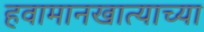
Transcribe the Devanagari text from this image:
हवामानखात्याच्या